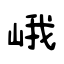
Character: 峨